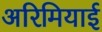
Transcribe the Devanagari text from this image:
अरिमियाई